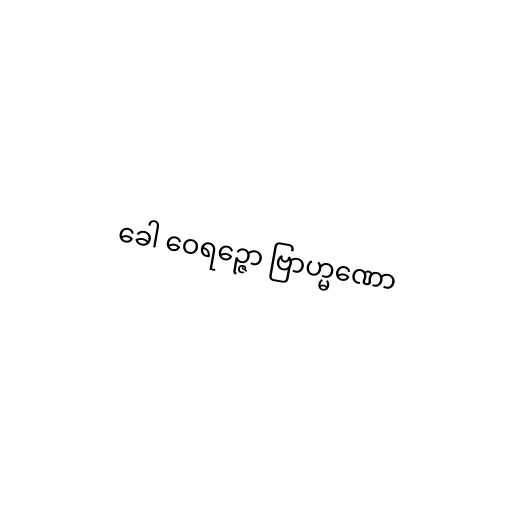
ခေါ ဝေရဉ္ဇော ဗြာဟ္မဏော